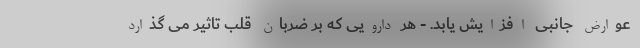
عوارض جانبی افزایش یابد. - هر دارویی که بر ضربان قلب تاثیر می گذارد